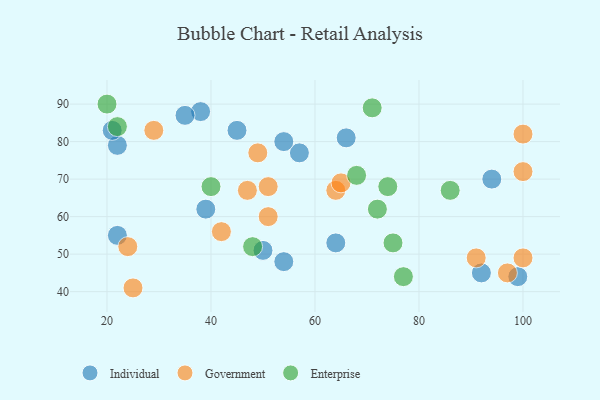
{"axis": {"x": "GDP", "y": "Life Expectancy"}, "legend": ["Enterprise", "Government", "Individual"], "data": [{"x": "38", "y": 88, "type": "Individual"}, {"x": "57", "y": 77, "type": "Individual"}, {"x": "35", "y": 87, "type": "Individual"}, {"x": "45", "y": 83, "type": "Individual"}, {"x": "94", "y": 70, "type": "Individual"}, {"x": "54", "y": 48, "type": "Individual"}, {"x": "92", "y": 45, "type": "Individual"}, {"x": "22", "y": 79, "type": "Individual"}, {"x": "64", "y": 53, "type": "Individual"}, {"x": "54", "y": 80, "type": "Individual"}, {"x": "22", "y": 55, "type": "Individual"}, {"x": "21", "y": 83, "type": "Individual"}, {"x": "50", "y": 51, "type": "Individual"}, {"x": "39", "y": 62, "type": "Individual"}, {"x": "99", "y": 44, "type": "Individual"}, {"x": "66", "y": 81, "type": "Individual"}, {"x": "91", "y": 49, "type": "Government"}, {"x": "100", "y": 82, "type": "Government"}, {"x": "49", "y": 77, "type": "Government"}, {"x": "97", "y": 45, "type": "Government"}, {"x": "47", "y": 67, "type": "Government"}, {"x": "100", "y": 49, "type": "Government"}, {"x": "51", "y": 60, "type": "Government"}, {"x": "64", "y": 67, "type": "Government"}, {"x": "42", "y": 56, "type": "Government"}, {"x": "65", "y": 69, "type": "Government"}, {"x": "25", "y": 41, "type": "Government"}, {"x": "51", "y": 68, "type": "Government"}, {"x": "24", "y": 52, "type": "Government"}, {"x": "100", "y": 72, "type": "Government"}, {"x": "29", "y": 83, "type": "Government"}, {"x": "77", "y": 44, "type": "Enterprise"}, {"x": "22", "y": 84, "type": "Enterprise"}, {"x": "48", "y": 52, "type": "Enterprise"}, {"x": "40", "y": 68, "type": "Enterprise"}, {"x": "20", "y": 90, "type": "Enterprise"}, {"x": "74", "y": 68, "type": "Enterprise"}, {"x": "72", "y": 62, "type": "Enterprise"}, {"x": "75", "y": 53, "type": "Enterprise"}, {"x": "86", "y": 67, "type": "Enterprise"}, {"x": "71", "y": 89, "type": "Enterprise"}, {"x": "68", "y": 71, "type": "Enterprise"}]}